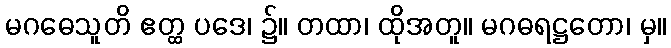
မဂဓေသူတိ ဧတ္ထ ပဒေ၊ ၌။ တထာ၊ ထိုအတူ။ မဂဓရဋ္ဌတော၊ မှ။